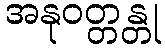
အနုဝတ္တန္တု